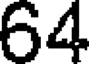
64